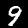
Label: 9